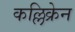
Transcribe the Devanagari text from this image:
कल्लिक्रेन